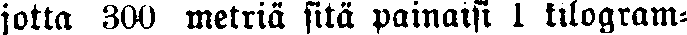
jotta 300 metriä sitä painaisi 1 kilogram-